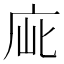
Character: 𢈃